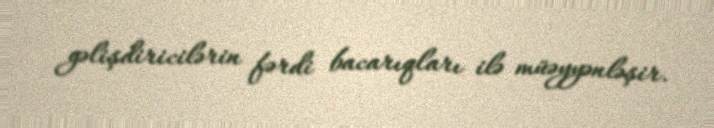
gəlişdiricilərin fərdi bacarıqları ilə müəyyənləşir.